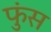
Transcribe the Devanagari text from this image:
फुंस